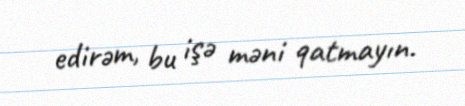
edirəm, bu işə məni qatmayın.